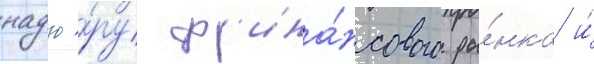
надзо́ру ф'ина́нсового ры́нка и́